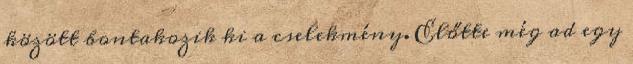
között bontakozik ki a cselekmény. Előtte még ad egy